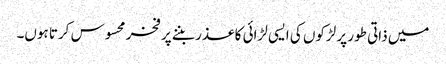
میں ذاتی طور پر لڑکوں کی ایسی لڑائی کا عذر بننے پر فخر محسوس کرتا ہوں۔